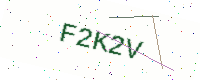
Text: F2K2V